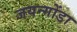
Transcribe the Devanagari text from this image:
जयन्गोंडा